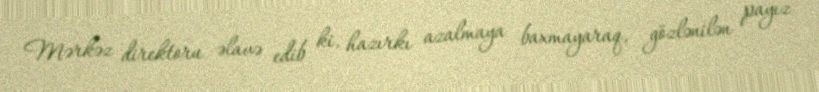
Mərkəz direktoru əlavə edib ki, hazırkı azalmaya baxmayaraq, gözlənilən payız